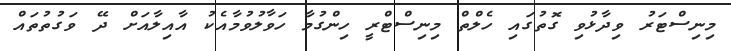
މިނިސްޓަރު ވިދާޅުވި ގޮތުގައި ހެލްތް މިނިސްޓްރީ ހިންގުމާ ހަވާލުވުމާއެކު އާއިލާއަށް ދޭ ވަގުތުތައް